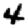
Digit: 4